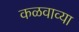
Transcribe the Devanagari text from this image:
कळवाव्या